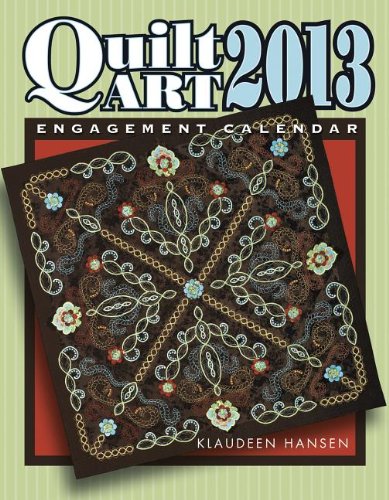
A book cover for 2013 Quilt Art Engagement Calendar; Klaudeen Hansen; Calendars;